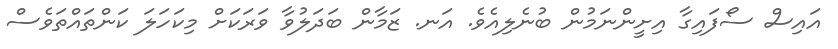
އައިސް ސޯފައިގާ އިށީންނަމުން ބުނެލިއެވެ. އަނ. ޒަމާން ބަދަލުވާ ވަރަކަށް މިކަހަލަ ކަންތައްތަވެސް